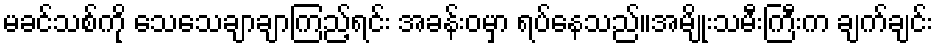
မခင်သစ်ကို သေသေချာချာကြည့်ရင်း အခန်းဝမှာ ရပ်နေသည်။အမျိုးသမီးကြီးက ချက်ချင်း